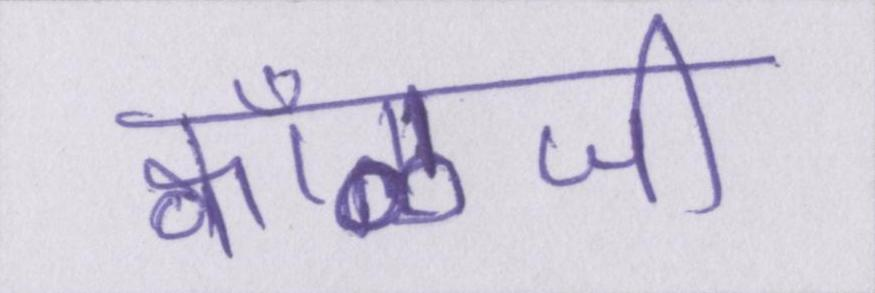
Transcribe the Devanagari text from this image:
क्वाँळजी